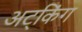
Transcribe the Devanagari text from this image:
अट्किंग